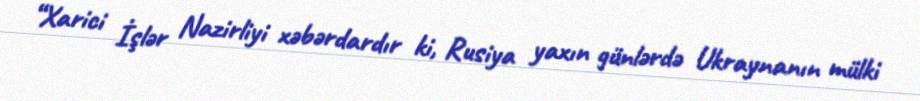
“Xarici İşlər Nazirliyi xəbərdardır ki, Rusiya yaxın günlərdə Ukraynanın mülki